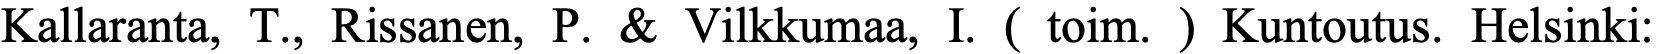
Kallaranta, T., Rissanen, P. & Vilkkumaa, I. ( toim. ) Kuntoutus. Helsinki: